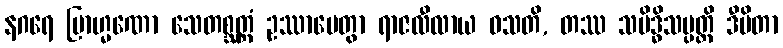
နဂရေ ဗြာဟ္မဏော သေတစ္ဆတ္တံ ဥဿာပေတွာ ရာဇလီလာယ ဝသတိ, တဿ သမိဒ္ဓိသမ္ပတ္တိ ဒီပိတာ